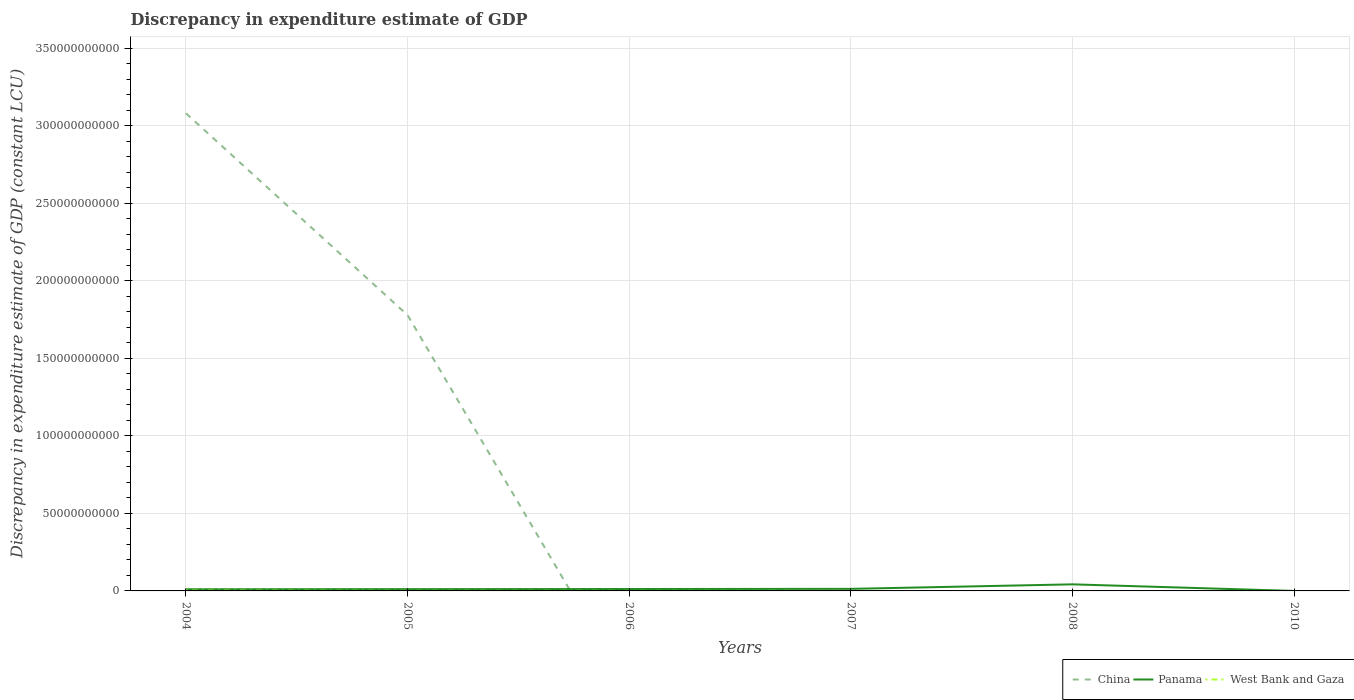
| Years | China | Panama | West Bank and Gaza |
 | --- | --- | --- | --- |
 | 2004 | 3.08e+11 | 1.07e+09 | 2.07e+08 |
 | 2005 | 1.78e+11 | 1.15e+09 | 6.51e+07 |
 | 2006 | -6.43e+10 | 1.23e+09 | 4.1e+07 |
 | 2007 | -2.05e+11 | 1.33e+09 | -8.22e+06 |
 | 2008 | -4.74e+11 | 4.24e+09 | -1.6e+08 |
 | 2010 | -6.82e+11 | -100 | -1.12e+08 |